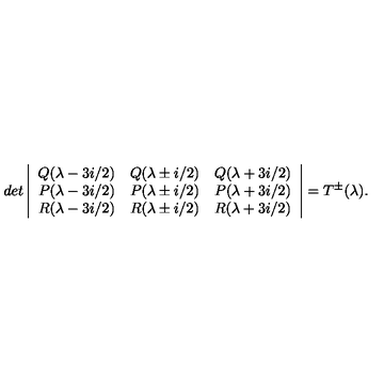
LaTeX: d e t \left| \begin{array} { c c c } { Q ( \lambda - 3 i / 2 ) } & { Q ( \lambda \pm i / 2 ) } & { Q ( \lambda + 3 i / 2 ) } \\ { P ( \lambda - 3 i / 2 ) } & { P ( \lambda \pm i / 2 ) } & { P ( \lambda + 3 i / 2 ) } \\ { R ( \lambda - 3 i / 2 ) } & { R ( \lambda \pm i / 2 ) } & { R ( \lambda + 3 i / 2 ) } \\ \end{array} \right| = T ^ { \pm } ( \lambda ) .